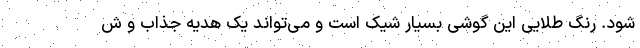
شود. رنگ طلایی این گوشی بسیار شیک است و می‌تواند یک هدیه جذاب و ش